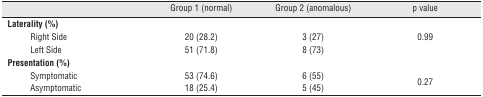
<table><thead><tr><td colspan="2"></td><td><b>Group 1 (normal)</b></td><td><b>Group 2 (anomalous)</b></td><td><b>p value</b></td></tr></thead><tbody><tr><td colspan="5"><b>Laterality (%)</b></td></tr><tr><td rowspan="2"></td><td>Right Side</td><td>20 (28.2)</td><td>3 (27)</td><td>0.99</td></tr><tr><td>Left Side</td><td>51 (71.8)</td><td>8 (73)</td><td></td></tr><tr><td colspan="5"><b>Presentation (%)</b></td></tr><tr><td rowspan="2"></td><td>Symptomatic</td><td>53 (74.6)</td><td>6 (55)</td><td rowspan="2">0.27</td></tr><tr><td>Asymptomatic</td><td>18 (25.4)</td><td>5 (45)</td></tr></tbody></table>